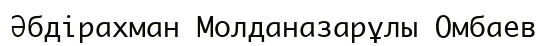
Әбдірахман Молданазарұлы Омбаев